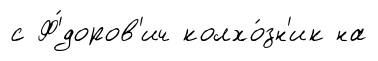
с Ф'́доров'ич колхо́зн'ик на